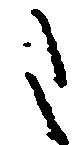
た